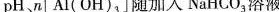
pH、n[Al(OH)_{3}]随加入NaHCO_{3}溶液体积变化的曲线如图所示。下列有关说法不正确的是